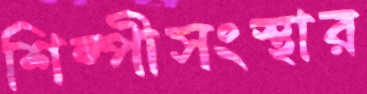
শিল্পীসংস্থার